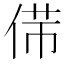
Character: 𠊃